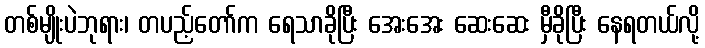
တစ်မျိုးပဲဘုရား၊ တပည့်တော်က ရေသာခိုပြီး အေးအေး ဆေးဆေး မှီခိုပြီး နေရတယ်လို့